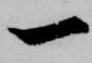
一